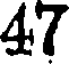
47